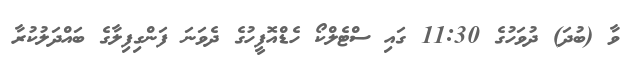
ވާ (ބުދަ) ދުވަހުގެ 11:30 ގައި ސްޓެލްކޯ ހެޑްއޮފީހުގެ ދެވަނަ ފަންގިފިލާގެ ބައްދަލުކުރާ